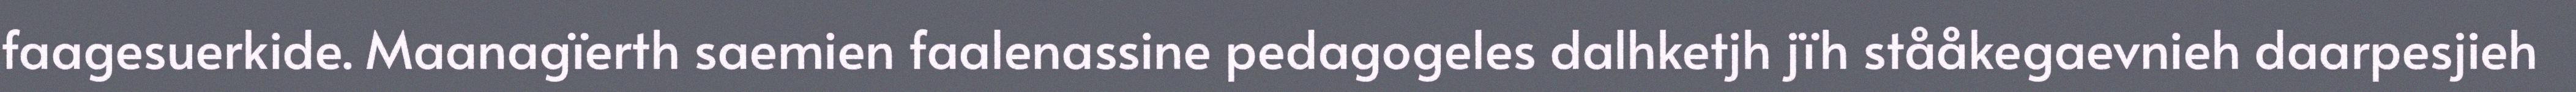
faagesuerkide. Maanagïerth saemien faalenassine pedagogeles dalhketjh jïh stååkegaevnieh daarpesjieh